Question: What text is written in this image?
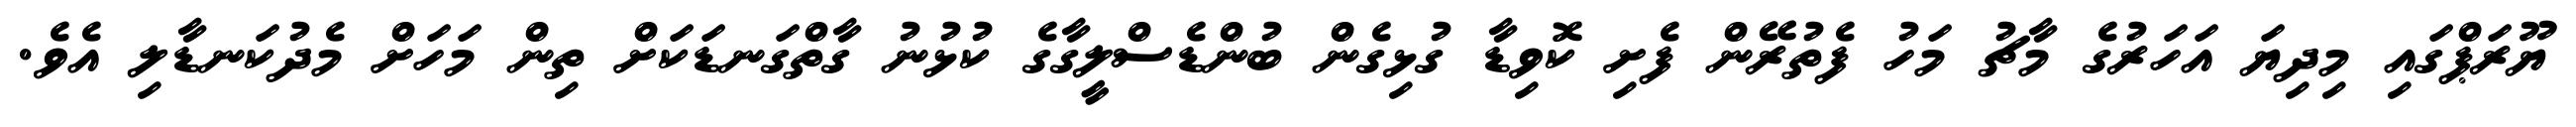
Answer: ޔޫރަޕްގައި މިދިޔަ އަހަރުގެ މާޗު މަހު ފެތުރޭން ފެށި ކޮވިޑާ ގުޅިގެން ބުންޑެސްލީގާގެ ކުޅުނު ގާތްގަނޑަކަށް ތިން މަހަށް މެދުކަނޑާލި އެވެ.